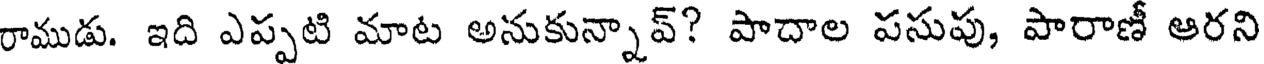
రాముడు. ఇది ఎప్పటి మాట అనుకున్నావ్? పాదాల పసుపు, పారాణీ ఆరని